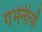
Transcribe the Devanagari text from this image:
गर्भनीयों